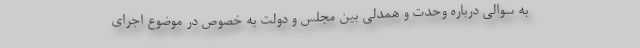
به سوالی درباره وحدت و همدلی بین مجلس و دولت به خصوص در موضوع اجرای